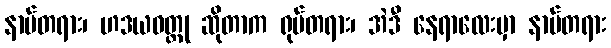
နာမ်တရား၊ ဟဒယဝတ္ထု ဆိုတာက ရုပ်တရား၊ အဲဒီ နေရာလေးမှာ နာမ်တရား